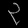
Digit: ၃